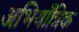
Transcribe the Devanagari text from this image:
अभियाँत्रिक